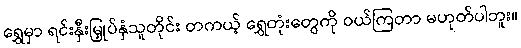
ရွှေမှာ ရင်းနှီးမြှုပ်နှံသူတိုင်း တကယ့် ရွှေတုံးတွေကို ဝယ်ကြတာ မဟုတ်ပါဘူး။